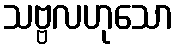
သဗ္ဗလဟုသော